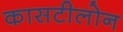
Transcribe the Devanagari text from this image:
कासटीलोन